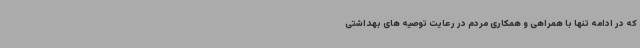
که در ادامه تنها با همراهی و همکاری مردم در رعایت توصیه های بهداشتی